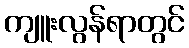
ကျူးလွန်ရာတွင်